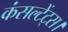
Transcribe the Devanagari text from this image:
कंसल्टेंट्स।